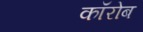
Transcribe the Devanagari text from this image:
कॉरोब